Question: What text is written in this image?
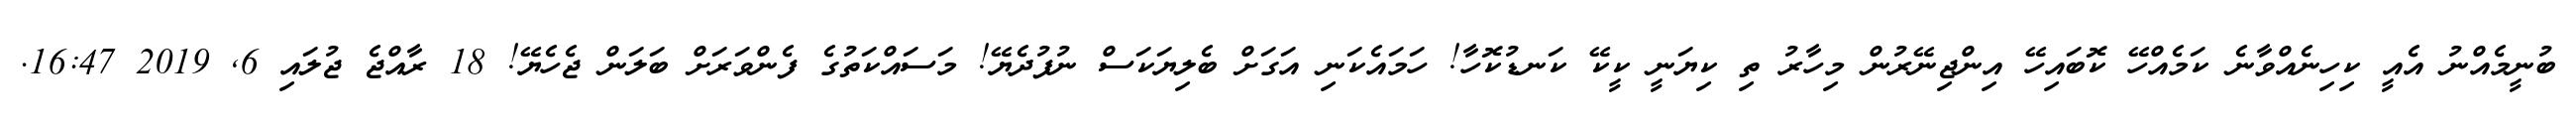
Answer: ބުނީމެއްނު އެއީ ކިހިނެއްވާނެ ކަމެއްހޭ ކޮބައިހޭ އިންޖިނޭރުން މިހާރު ތި ކިޔަނީ ކީކޭ ކަނޑުކޮހާ! ހަމައެކަނި އަގަށް ބެލިޔަކަސް ނުފުދެޔޭ! މަސައްކަތުގެ ފެންވަރަށް ބަލަން ޖެހެޔޭ! 18 ރާއްޖެ ޖުލައި 6, 2019 16:47.